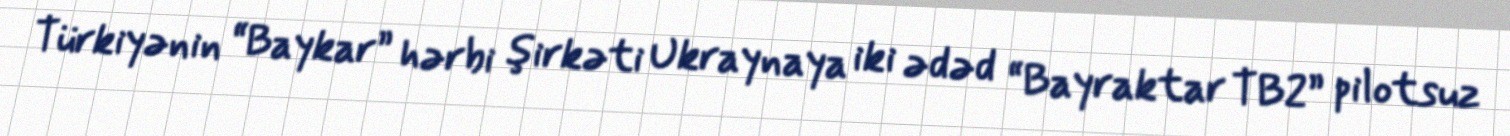
Türkiyənin “Baykar” hərbi şirkəti Ukraynaya iki ədəd “Bayraktar TB2” pilotsuz